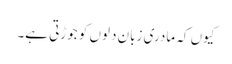
کیوں کہ مادری زبان دلوں کو جوڑتی ہے۔